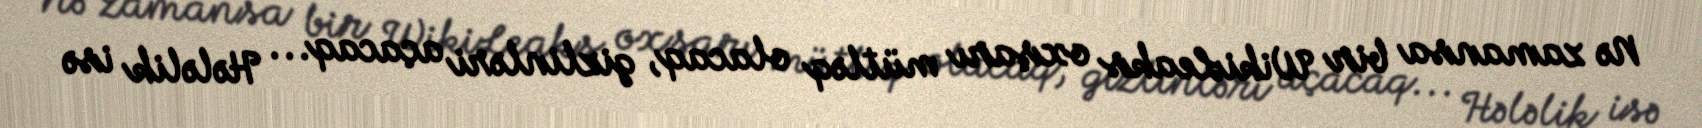
Nə zamansa bir WikiLeaks oxşarı mütləq olacaq, gizlinləri açacaq... Hələlik isə